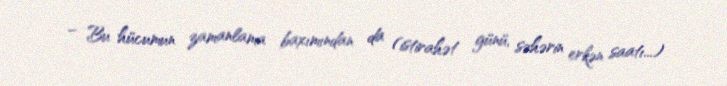
– Bu hücumun zamanlama baxımından da (istirahət günü, səhərin erkən saatı...)